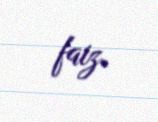
faiz.